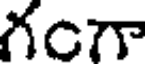
గంగా